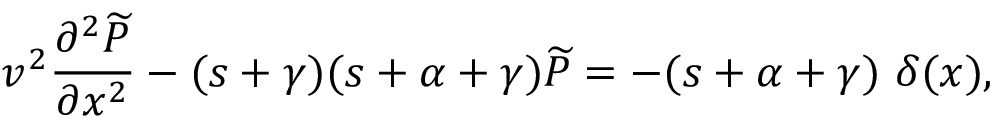
v ^ { 2 } \frac { \partial ^ { 2 } { \widetilde P } } { \partial x ^ { 2 } } - ( s + \gamma ) ( s + \alpha + \gamma ) { \widetilde P } = - ( s + \alpha + \gamma ) \ \delta ( x ) ,